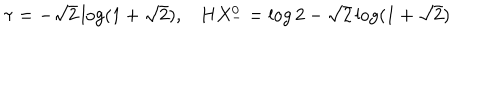
LaTeX: \tau = - \sqrt { 2 } \log ( 1 + \sqrt { 2 } ) , H X _ { - } ^ { 0 } = \log 2 - \sqrt { 2 } \log ( 1 + \sqrt { 2 } )